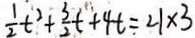
\frac { 1 } { 2 } t ^ { 2 } + \frac { 3 } { 2 } t + 4 t . = 2 1 \times 3